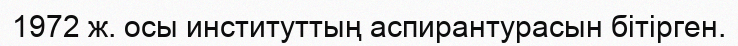
1972 ж. осы институттың аспирантурасын бітірген.